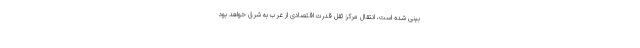
بینی شده است، انتقال مرکز ثقل قدرت اقتصادی از غرب به شرق خواهد بود